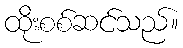
ထိုးစစ်ဆင်သည်။